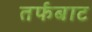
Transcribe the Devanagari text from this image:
तर्फबाट